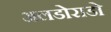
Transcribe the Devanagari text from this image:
अलडोराडो